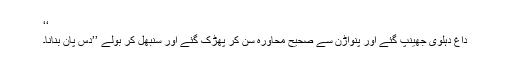
‘‘
داغ دہلوی جھینپ گئے اور پنواڑن سے صحیح محاورہ سن کر پھڑک گئے اور سنبھل کر بولے ’’دس پان بنانا۔